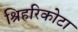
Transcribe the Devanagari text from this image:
श्रिहरिकोटा